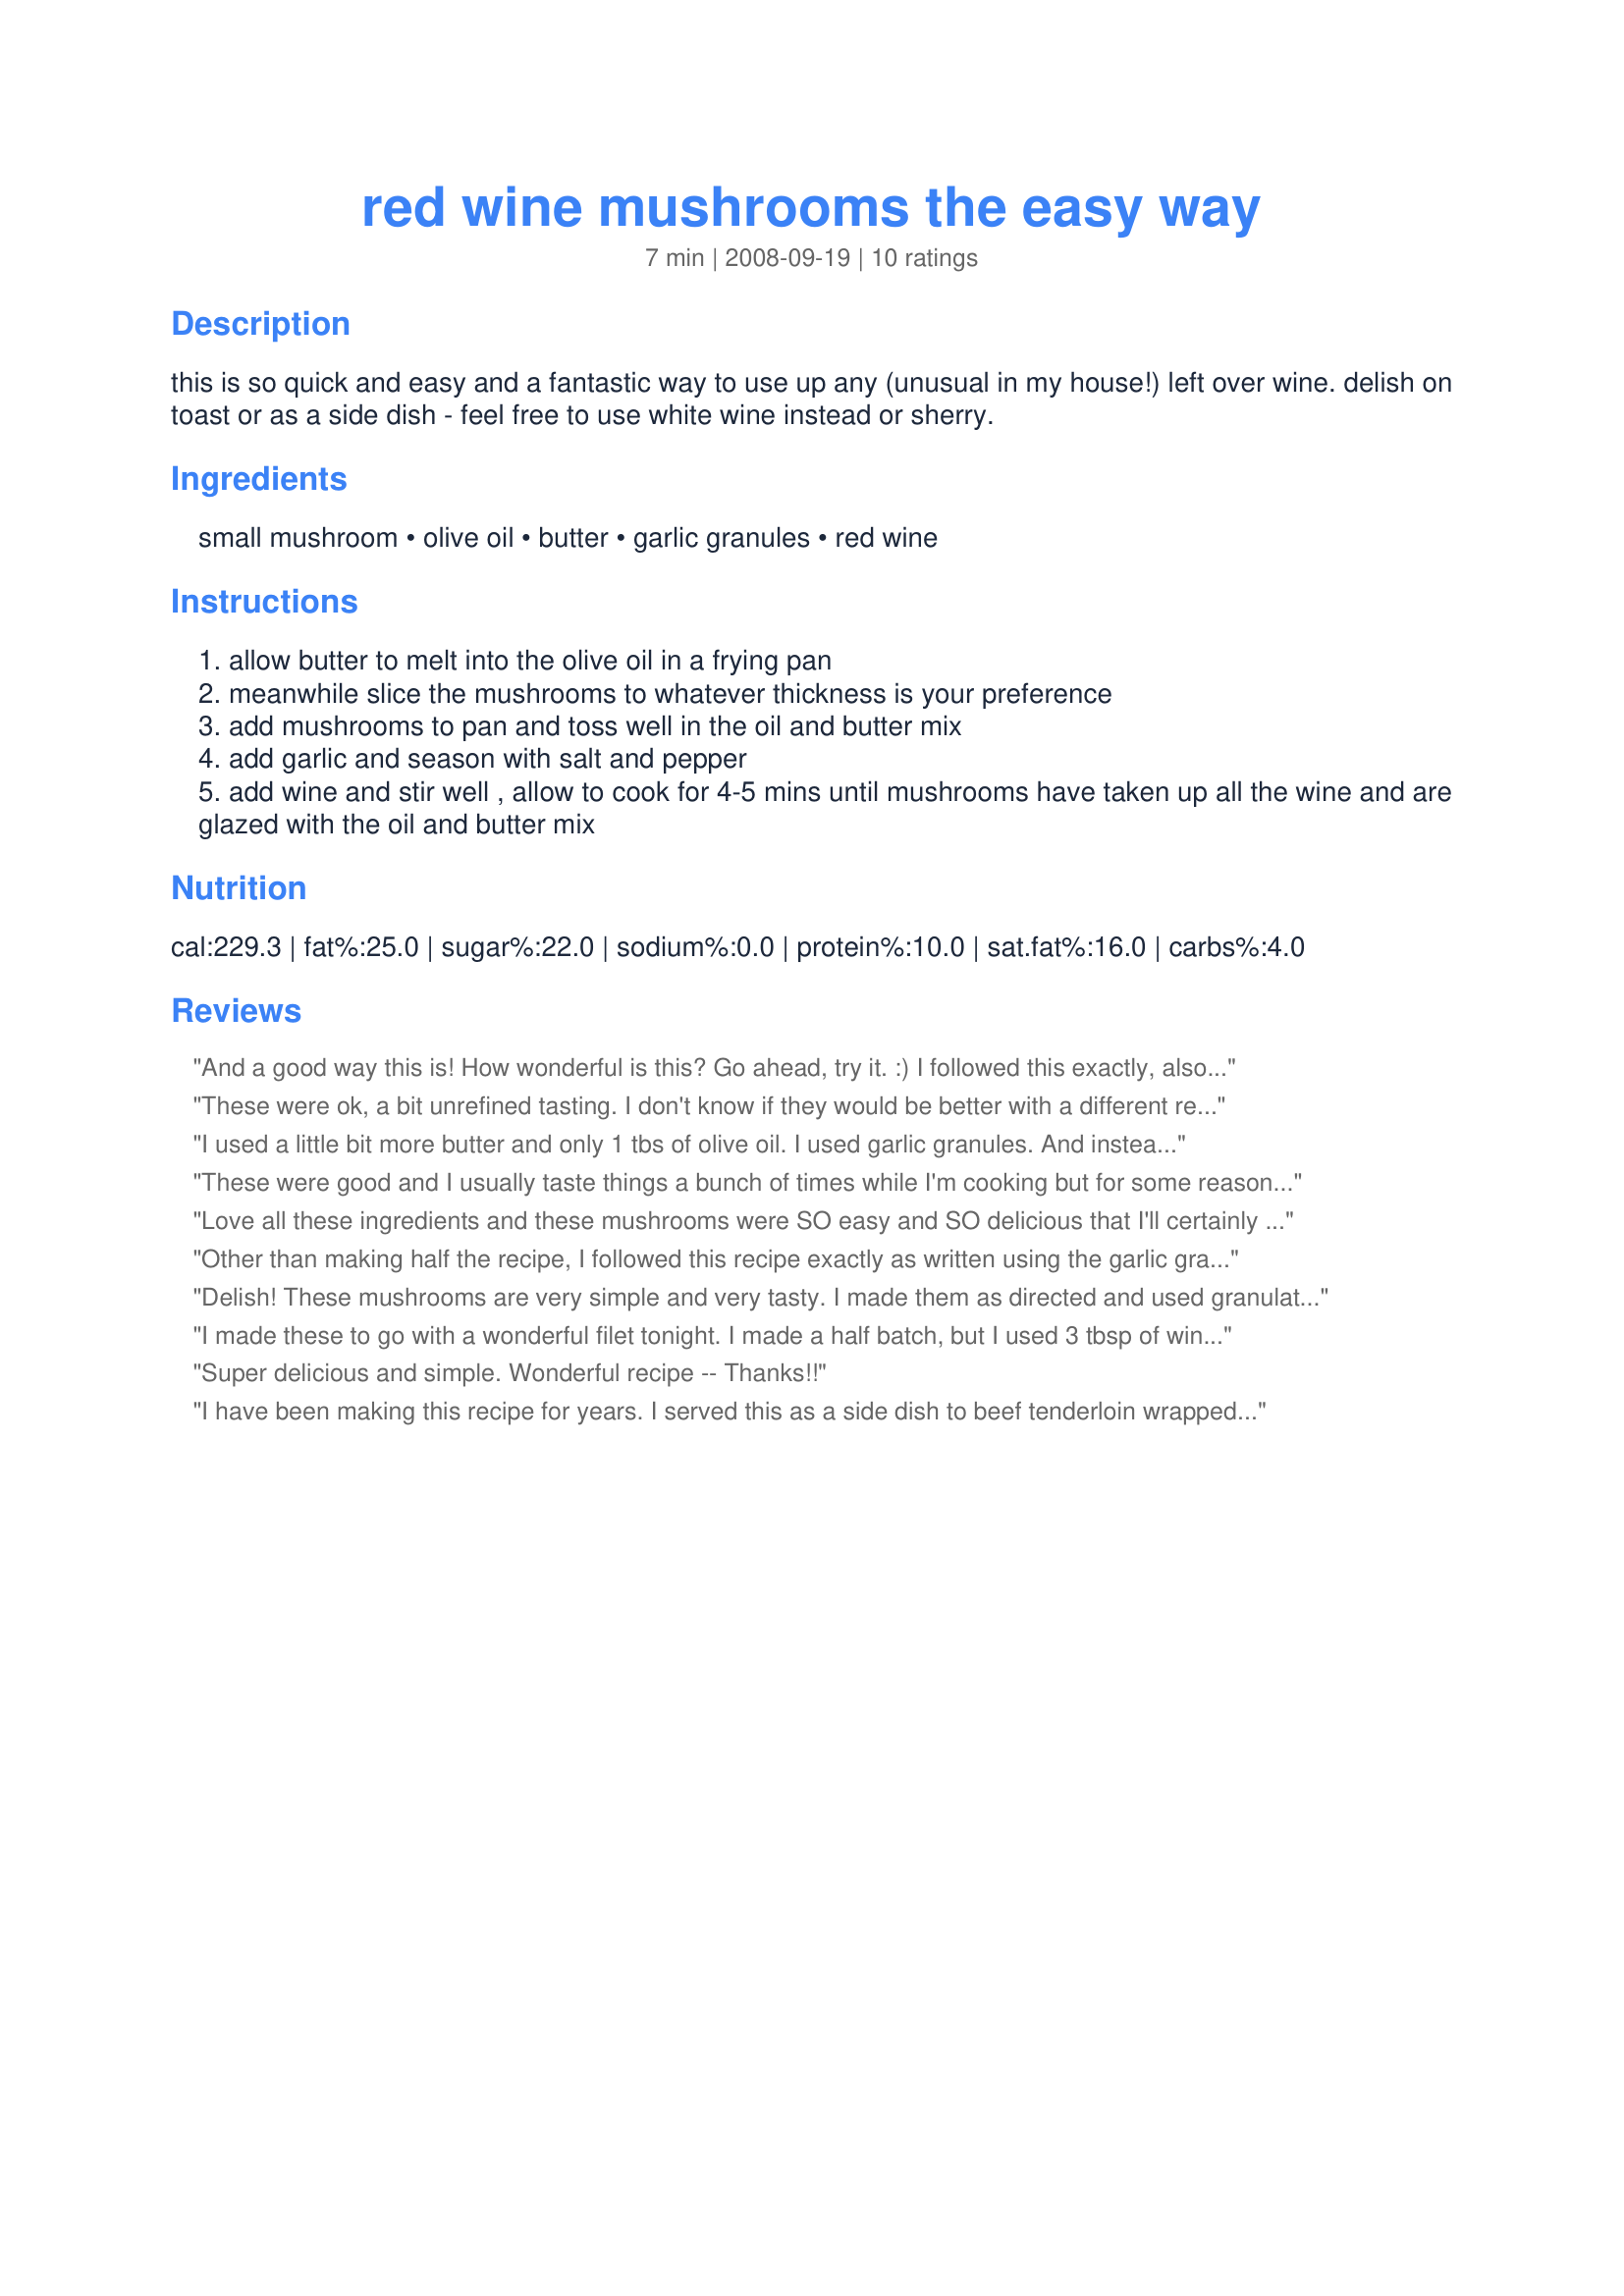
red wine mushrooms the easy way
Preparation time: 7 minutes

this is so quick and easy and a fantastic way to use up any (unusual in my house!) left over wine. delish on toast or as a side dish - feel free to use white wine instead or sherry.

Ingredients:
small mushroom, olive oil, butter, garlic granules, red wine

Steps:
allow butter to melt into the olive oil in a frying pan
meanwhile slice the mushrooms to whatever thickness is your preference
add mushrooms to pan and toss well in the oil and butter mix
add garlic and season with salt and pepper
add wine and stir well , allow to cook for 4-5 mins until mushrooms have taken up all the wine and are glazed with the oil and butter mix

Reviews:
And a good way this is! How wonderful is this? Go ahead, try it. :) I followed this exactly, also using the garlic granules option, along with the red wine, the butter & olive oil. Amazing, easy recipe that makes mushrooms as good as candy. Made for Everyday is a Holiday May 2009
These were ok, a bit unrefined tasting. I don't know if they would be better with a different red wine . I used Vina Salceda Rioja from Spain. I used fresh garlic and a few garlic granules, they also needed salt and pepper. I will try them again later with a different wine to see if it improves them for me. Thanks for sharing your recipe, made for ZWT 5 for the Cooks With Dirty Faces.
I used a little bit more butter and only 1 tbs of olive oil. I used garlic granules. And instead of red wine, I used white wine and only 3 tbs. It's so good. And very easy to do. Made for ZWT5
These were good and I usually taste things a bunch of times while I'm cooking but for some reason didn't this time. So anyway, once they were done and removed from the pan I had a couple and realized they needed more flavor and salt. So I threw them back in the pan and tossed them with a bit of Worcestershire sauce and some extra salt... the result was much better. I served these on burgers last night and then today I mixed the leftovers in with rice and caramelized onions which was really yummy :)
Made for ZWT5.
Love all these ingredients and these mushrooms were SO easy and SO delicious that I'll certainly be making them like this again and again! A great blend of flavours. I did add some freshly ground black pepper and some thyme, and I used fresh garlic. Made for Ali Baba's Babes for ZWT 5.
Other than making half the recipe, I followed this recipe exactly as written using the garlic granules option. Simply delicious and so easy to make.
Made for ZWT5.
Delish! These mushrooms are very simple and very tasty. I made them as directed and used granulated garlic and Syrah wine. We served these as a side dish to a steak dinner and it was a great accompaniment. Thanks lindseylcw for a great treat. Made for Newest Zaar Tag.
I made these to go with a wonderful filet tonight. I made a half batch, but I used 3 tbsp of wine, because it just looked too dry with 2 tbsp. I tried them about 1/2 way done, and found they really lacked in flavor. I added Cavendar's Greek Seasoning and was very tempted to add some Worcestershire, as this is how I usually do my mushrooms. But I didn't and they did turn out very tastey, once I added the Greek seasoning. I love mushrooms, and these were a welcome addition to our dinner. Made for ZWT5.
Super delicious and simple. Wonderful recipe -- Thanks!!
I have been making this recipe for years. I served this as a side dish to beef tenderloin wrapped in bacon. Thanks for posting such a great recipe that is made often in our house. Made for Tag it Red, February 2009
